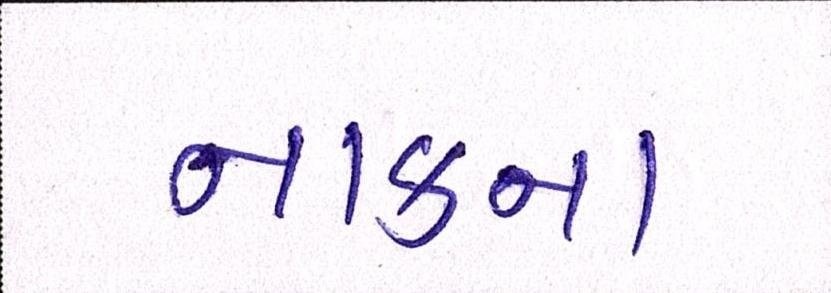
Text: નાકના